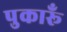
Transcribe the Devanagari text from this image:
पुकारूँ